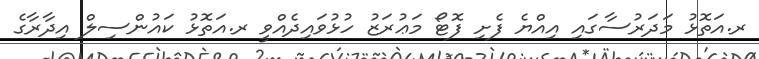
ރ.އަތޮޅު މަދަރުސާގައި އިއްޔެ ފެށި ފޮޓޯ މަޢުރަޒު ހުޅުވައިދެއްވީ ރ.އަތޮޅު ކައުންސިލް އިދާރާގެ